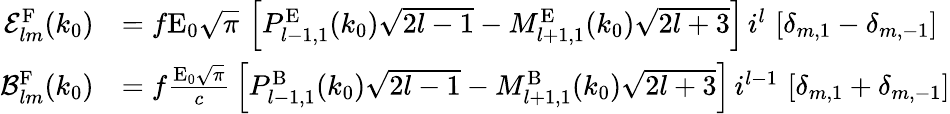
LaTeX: \begin{array}{rl}{\mathcal{E}_{lm}^{\mathrm{F}}(k_{0})}&{=f\mathrm{E}_{0}\sqrt{\pi}\, \left[P_{l-1,1}^{\mathrm{E}}(k_{0})\sqrt{2l-1}-M_{l+1,1}^{\mathrm{E}}(k_{0})\sqrt{2l+3}\right]\, i^{l}\, \left[\delta_{m,1}-\delta_{m,-1}\right]}\\ {\mathcal{B}_{lm}^{\mathrm{F}}(k_{0})}&{=f\frac{\mathrm{E}_{0}\sqrt{\pi}}{c}\, \left[P_{l-1,1}^{\mathrm{B}}(k_{0})\sqrt{2l-1}-M_{l+1,1}^{\mathrm{B}}(k_{0})\sqrt{2l+3}\right]\, i^{l-1}\, \left[\delta_{m,1}+\delta_{m,-1}\right]}\end{array}